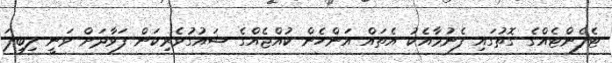
ޓެލެންޓެއްގެ ގޮތުގައި ފެނުމާއެކު އެތައް އަންހެން ކުއްޖެއްގެ ޝައުގުވެރިކަން ފަވާދަށް ވަނީ ލިބިފަ